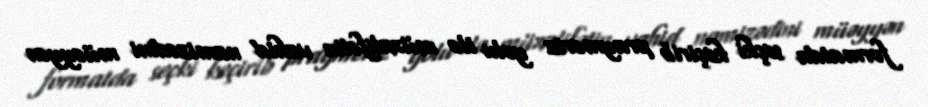
formatda seçki keçirib praymeriz yolu ilə müxalifətin vahid namizədini müəyyən